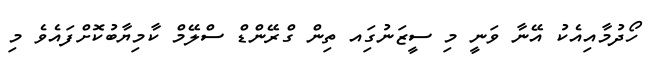
ހޯދުމާއިއެކު އޭނާ ވަނީ މި ސީޒަނުގަިއ ތިން ގްރޭންޑް ސްލޭމް ކާމިޔާބުކޮށްފައެވެ މި